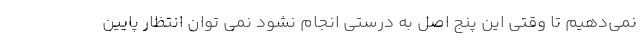
نمی‌دهیم تا وقتی این پنج اصل به درستی انجام نشود نمی توان انتظار پایین